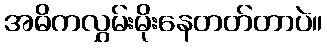
အဓိကလွှမ်းမိုးနေတတ်တာပဲ။